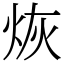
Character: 烣